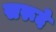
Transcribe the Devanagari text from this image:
सरूदे